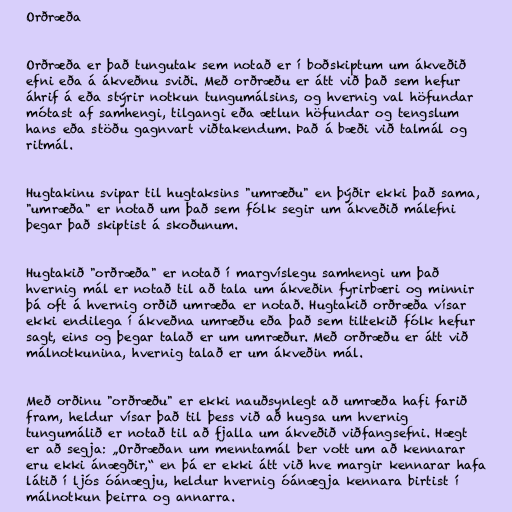
Orðræða

Orðræða er það tungutak sem notað er í boðskiptum um ákveðið
efni eða á ákveðnu sviði. Með orðræðu er átt við það sem hefur
áhrif á eða stýrir notkun tungumálsins, og hvernig val höfundar
mótast af samhengi, tilgangi eða ætlun höfundar og tengslum
hans eða stöðu gagnvart viðtakendum. Það á bæði við talmál og
ritmál.

Hugtakinu svipar til hugtaksins "umræðu" en þýðir ekki það sama,
"umræða" er notað um það sem fólk segir um ákveðið málefni
þegar það skiptist á skoðunum.

Hugtakið "orðræða" er notað í margvíslegu samhengi um það
hvernig mál er notað til að tala um ákveðin fyrirbæri og minnir
þá oft á hvernig orðið umræða er notað. Hugtakið orðræða vísar
ekki endilega í ákveðna umræðu eða það sem tiltekið fólk hefur
sagt, eins og þegar talað er um umræður. Með orðræðu er átt við
málnotkunina, hvernig talað er um ákveðin mál.

Með orðinu "orðræðu" er ekki nauðsynlegt að umræða hafi farið
fram, heldur vísar það til þess við að hugsa um hvernig
tungumálið er notað til að fjalla um ákveðið viðfangsefni. Hægt
er að segja: „Orðræðan um menntamál ber vott um að kennarar
eru ekki ánægðir,“ en þá er ekki átt við hve margir kennarar hafa
látið í ljós óánægju, heldur hvernig óánægja kennara birtist í
málnotkun þeirra og annarra.